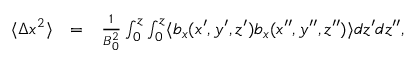
\begin{array} { r l r } { \langle \Delta x ^ { 2 } \rangle } & { = } & { \frac { 1 } { B _ { 0 } ^ { 2 } } \int _ { 0 } ^ { z } \int _ { 0 } ^ { z } \langle b _ { x } ( x ^ { \prime } , y ^ { \prime } , z ^ { \prime } ) b _ { x } ( x ^ { \prime \prime } , y ^ { \prime \prime } , z ^ { \prime \prime } ) \rangle d z ^ { \prime } d z ^ { \prime \prime } , } \end{array}